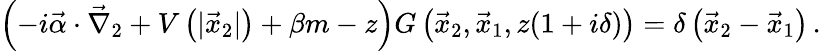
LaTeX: \left(-i\vec{\alpha}\cdot\vec{\nabla}_{2}+V\left(|\vec{x}_{2}|\right)+\beta m-z\right)G\left(\vec{x}_{2},\vec{x}_{1},z(1+i\delta)\right)=\delta\left(\vec{x}_{2}-\vec{x}_{1}\right)\, .